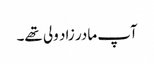
آپ مادر زاد ولی تھے۔